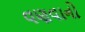
વણવાનો